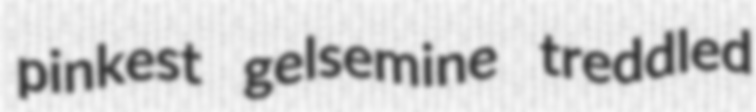
pinkest gelsemine treddled